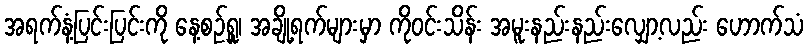
အရက်နံ့ပြင်းပြင်းကို နေ့စဉ်ရှူ၊ အချို့ရက်များမှာ ကိုဝင်းသိန်း အမူးနည်းနည်းလျှော့လည်း ဟောက်သံ